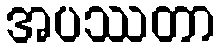
အပဿတာ